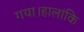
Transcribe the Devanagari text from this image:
गया।हालांकि